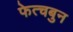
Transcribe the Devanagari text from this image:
फेत्चबुन